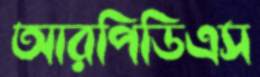
আরপিডিএস